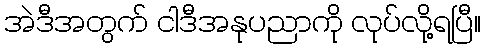
အဲဒီအတွက် ငါဒီအနုပညာကို လုပ်လို့ရပြီ။